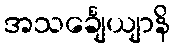
အသင်္ချေယျာနိ